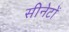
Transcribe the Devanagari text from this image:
सीनेटों